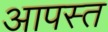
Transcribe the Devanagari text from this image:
आपस्त